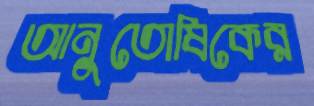
আনুতোষিকের